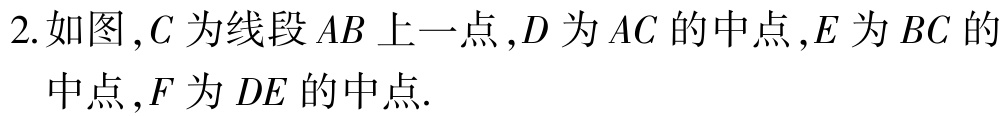
2. 如图，\(C\)为线段\(AB\)上一点，\(D\)为\(AC\)的中点，\(E\)为\(BC\)的中点，\(F\)为\(DE\)的中点.